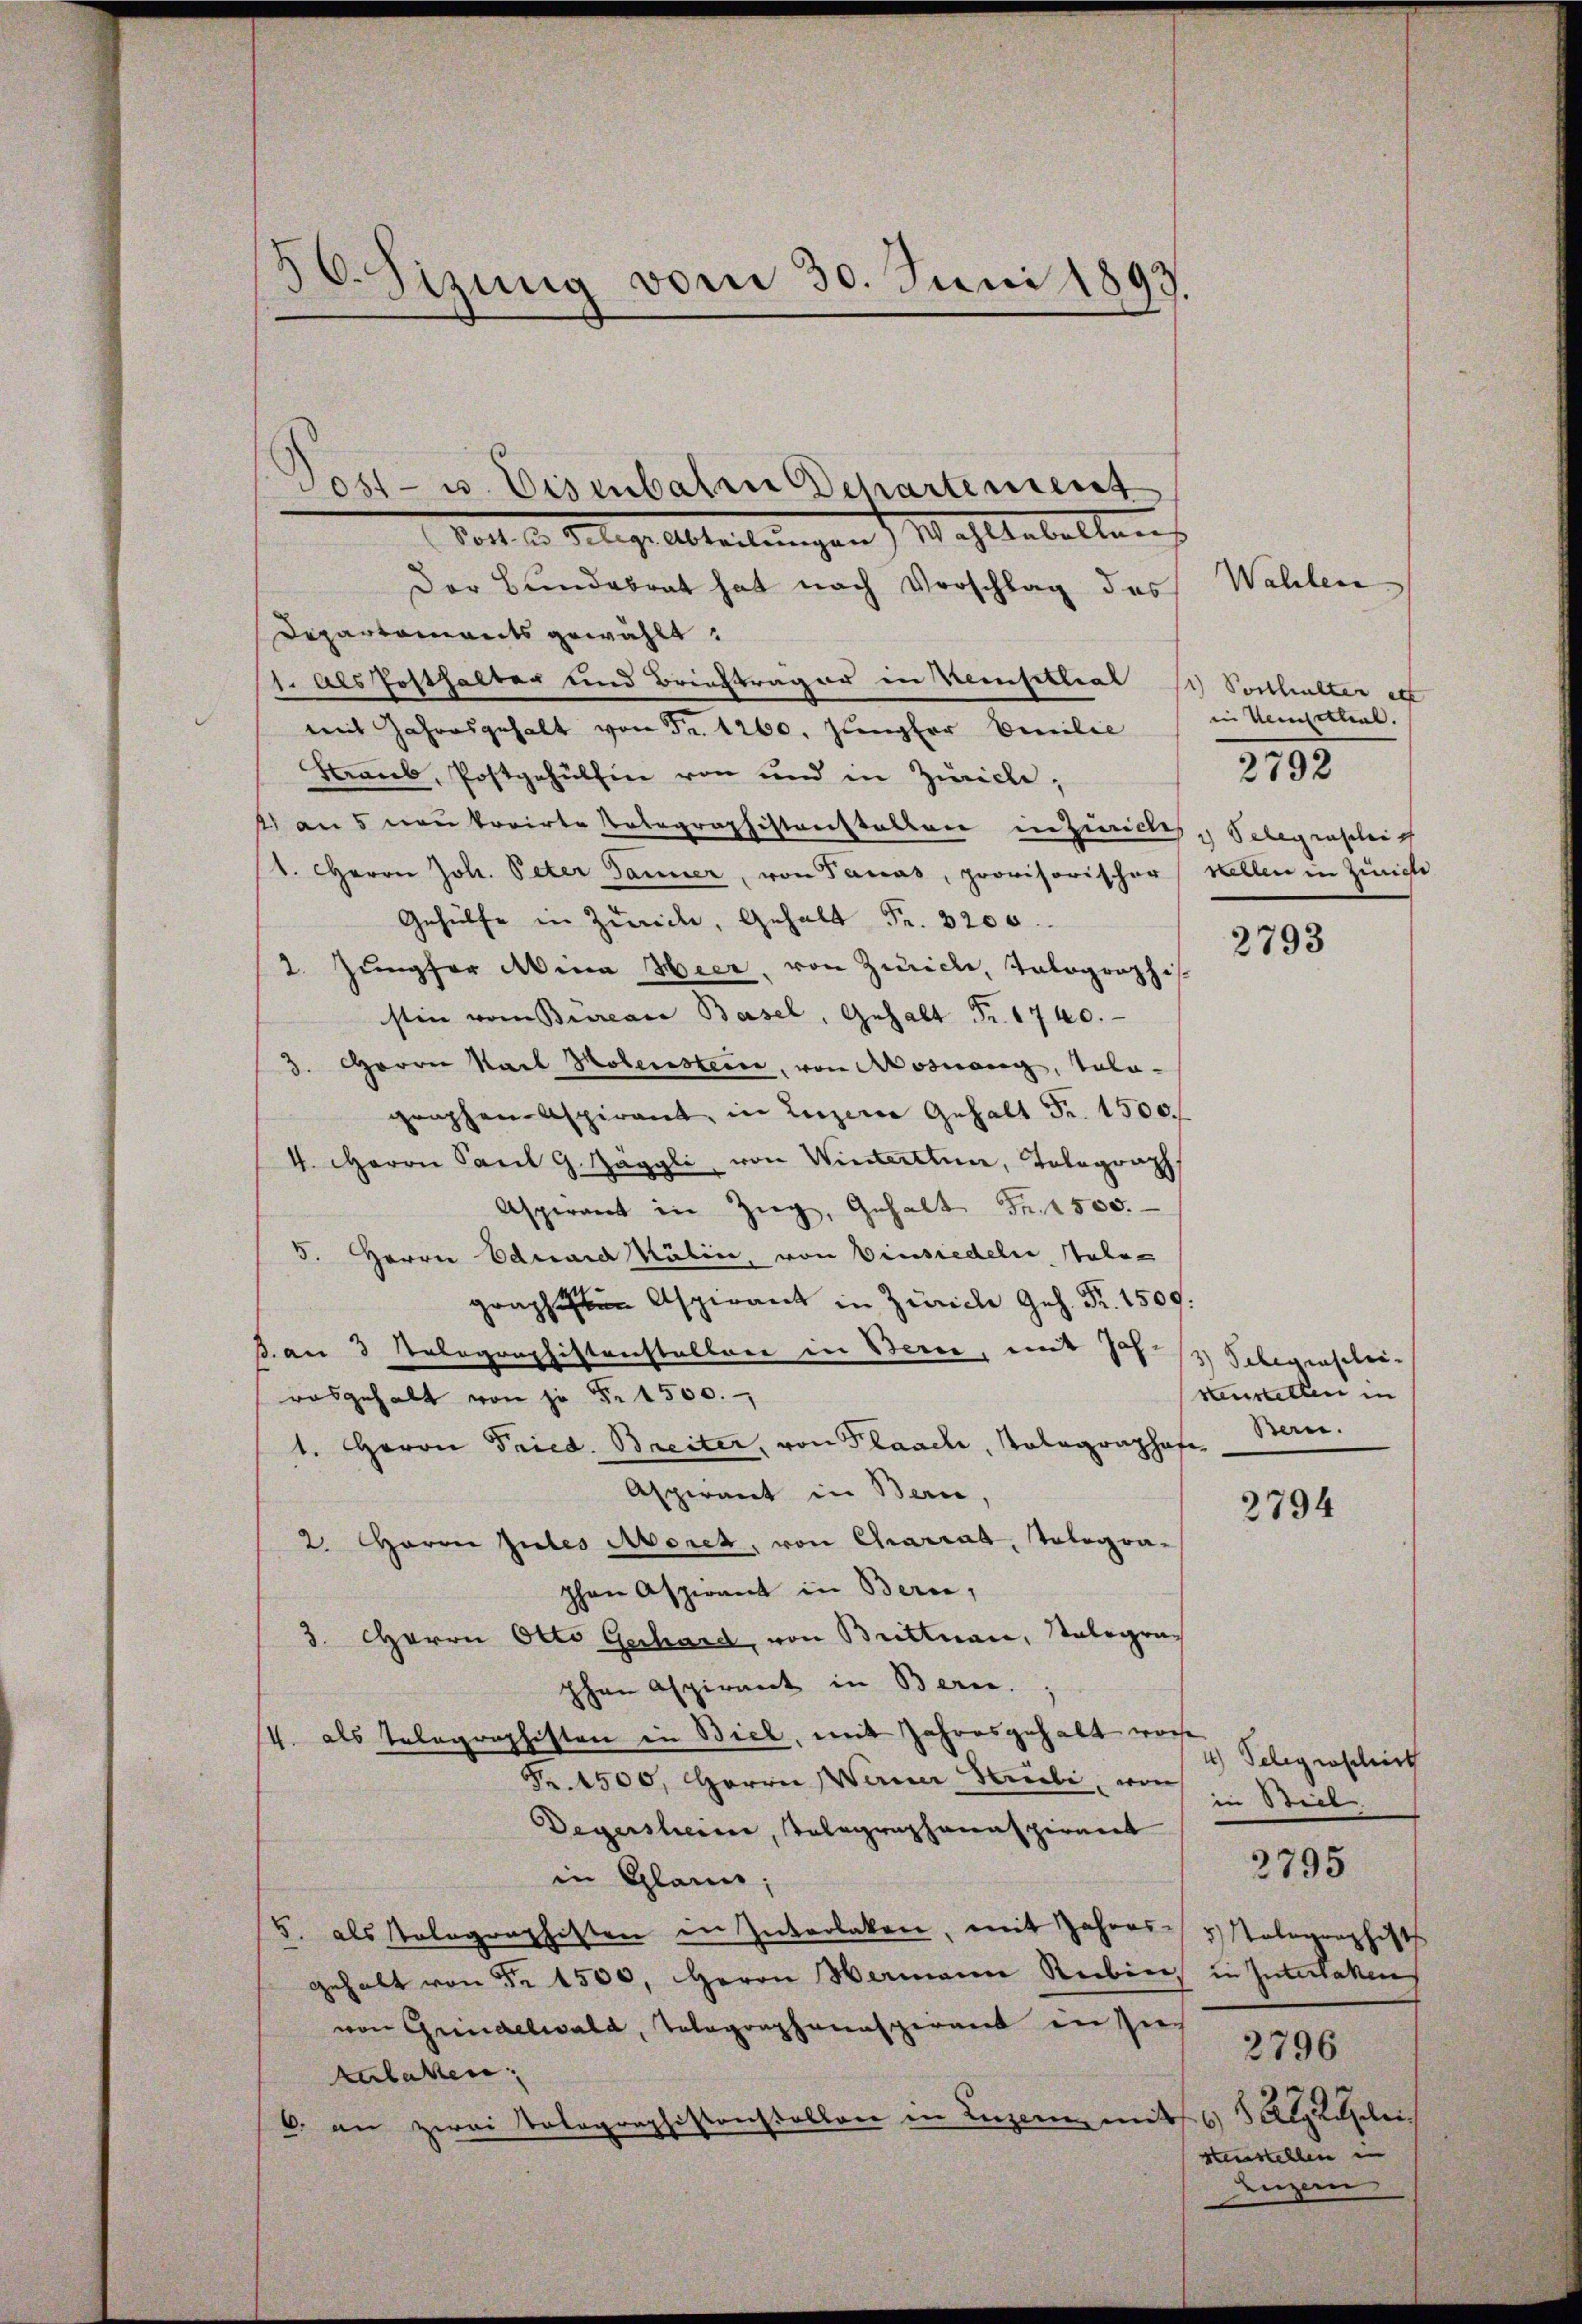
56. Sizung vom 30. Juni 1893.
g

Der Bundesrat hat nach Vorschlag des
Departements gewählt:
1. Als Posthalter und Briefträger in Versilial I Posthalter etl
mit Jahresgehalt von Fr. 1260. Jungfer Emilie in Kemzettial.
Straub, Postgehülfen von und in Zürich,
) aus neu korirte Totagraphisterstalter inzwilch, Selegenschrich
1. Herrn Joh. Peter Tanner, von Panas, provisorischer stellen in Zürich
Gehülfe in Zürich, Gehalt Fr. 3200
2. Jungfer Mina Heer, von Zwicke, Tolographis
stin vom Bureau Basel, Gehalt Fr. 1740.
3. Herrn Karl Molensteise, von Mosnang, Tola-
graphen Aspirant, in Luzerne Gehalt Fr. 1500. f
4. Herrn Paul G. Häggli von Winterthun, Tolograph
Aspirant in Zug, Gehalt Fr. 1500.
5. Herrn Eduard Kälin, von Vinsiedeln states
graphen Aspirant in Zürich Ges. Fr. 1500.
B. an 3 Telegraphistensteller in Berne, mit Sch. 1) Gelegenscheirosgehalt von je §. 1500.
1. Heron Fried. Breiter, von Plaache, Tolographofe
Aspirant in Bern,
2. Herrn Jules Moret, von Chariat, Tologra-
phon Aspirant in Bern,
3. Herrn Otto Gerhard, von Brittnau, Stalographen Aspirant in Berne.
4. als Telegraphisten in Biel, mit Jahresgehabt worde
Fr. 1500, Herrn Werner Striebe, von
Degerscheine, Tolographanaspirant
in Glain.
5. als stolographisten in Zukerlaken, mit Jahres- & Polographist
gehalt von Fr. 1500, Herrn Hermann Reiben in Interlaken
von Grindelwald, Tolographanaspirant in sich
kulaten:
b. an zwei Tolographistorstellen in Luzern mit 65 Al. Klei

Jost- u. Eisenbalen Departement
Tod. d. Gelege Abteilungen Wahl behalten

Wahlen
2792

2793

venstellen in
Bern.

2794

4) Telegraschich
in Biel
2796
steinstellen in
unzen

2795